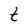
Character: t